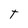
Character: T